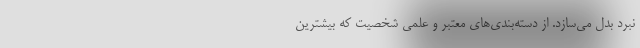
نبرد بدل می‌سازد. از دسته‌بندی‌های معتبر و علمی شخصیت که بیشترین